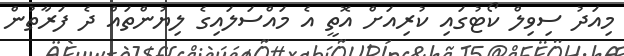
މިއަދު ސިވިލް ކޯޓުގައި ކުރިއަށް އޮތީ އެ މައްސަލައިގެ ލިޔުންތައް ދެ ފަރާތުން